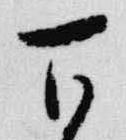
百